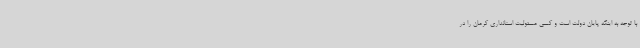
با توجه به اینکه پایان دولت است و کسی مسئولیت استانداری کرمان را در